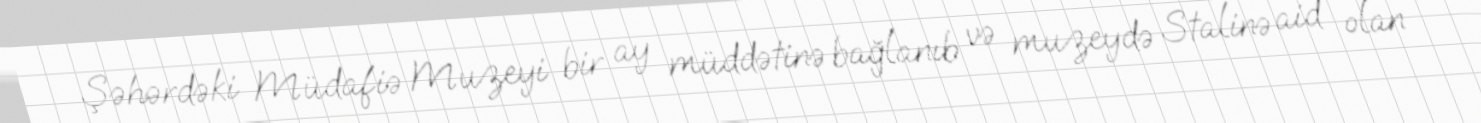
Şəhərdəki Müdafiə Muzeyi bir ay müddətinə bağlanıb və muzeydə Stalinə aid olan